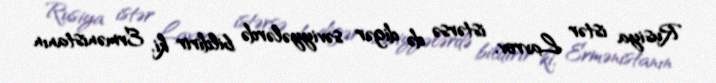
Rusiya istər Lavrov, istərsə də digər səviyyələrdə bildirir ki, Ermənistanın